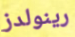
رينولدز